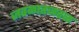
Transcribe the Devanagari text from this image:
जवळातजवळ